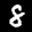
Label: 8